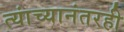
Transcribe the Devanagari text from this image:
त्यांच्यानंतरही